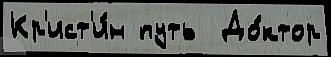
Кр'ист'и́н путь  До́ктор